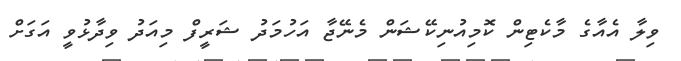
ވިލާ އެއާގެ މާކެޓިން ކޮމިއުނިކޭޝަން މެނޭޖާ އަހުމަދު ޝަރީފް މިއަދު ވިދާޅުވީ އަގަށް